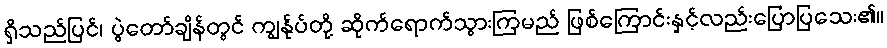
ရှိသည်ပြင်၊ ပွဲတော်ချိန်တွင် ကျွန်ုပ်တို့ ဆိုက်ရောက်သွားကြမည် ဖြစ်ကြောင်းနှင့်လည်းပြောပြသေး၏။